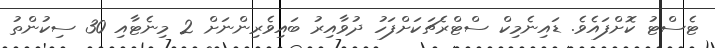
ޓެސްޓު ކޮށްފައެވެ. ޑައިނެމިކް ސްޓްރެޗަކަށްފަހު ދުވާއިރު ބައިވެރިންނަށް 2 މިނެޓާއި 30 ސިކުންތު